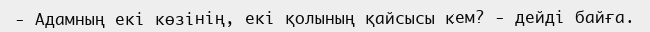
- Адамның екі көзінің, екі қолының қайсысы кем? - дейді байға.